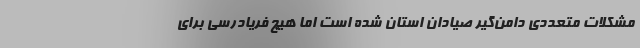
مشکلات متعددی دامن‌گیر صیادان استان شده است اما هیچ فریادرسی برای